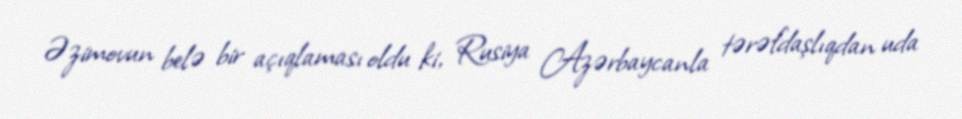
Əzimovun belə bir açıqlaması oldu ki, Rusiya Azərbaycanla tərəfdaşlıqdan uda